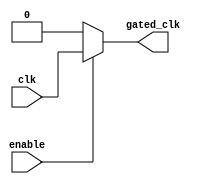
module ClockGatingCell(
    input wire clk,         // Original clock signal
    input wire enable,      // Enable signal for clock gating
    output wire gated_clk   // Gated clock output
);
    assign gated_clk = enable ? clk : 1'b0;  // If enabled, pass the clock; otherwise, output 0 (disabled state)
endmodule